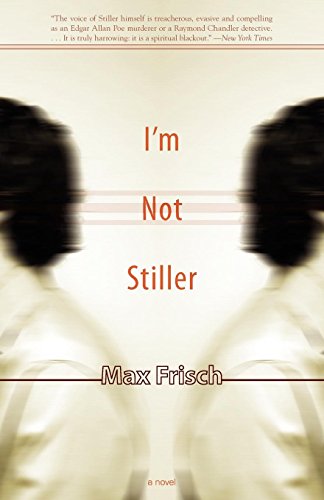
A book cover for I'm Not Stiller; Max Frisch; Literature & Fiction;